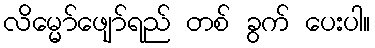
လိမ္မော်ဖျော်ရည် တစ် ခွက် ပေးပါ။